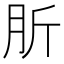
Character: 肵